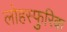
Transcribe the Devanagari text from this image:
लोहस्फुरिक